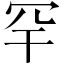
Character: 罕